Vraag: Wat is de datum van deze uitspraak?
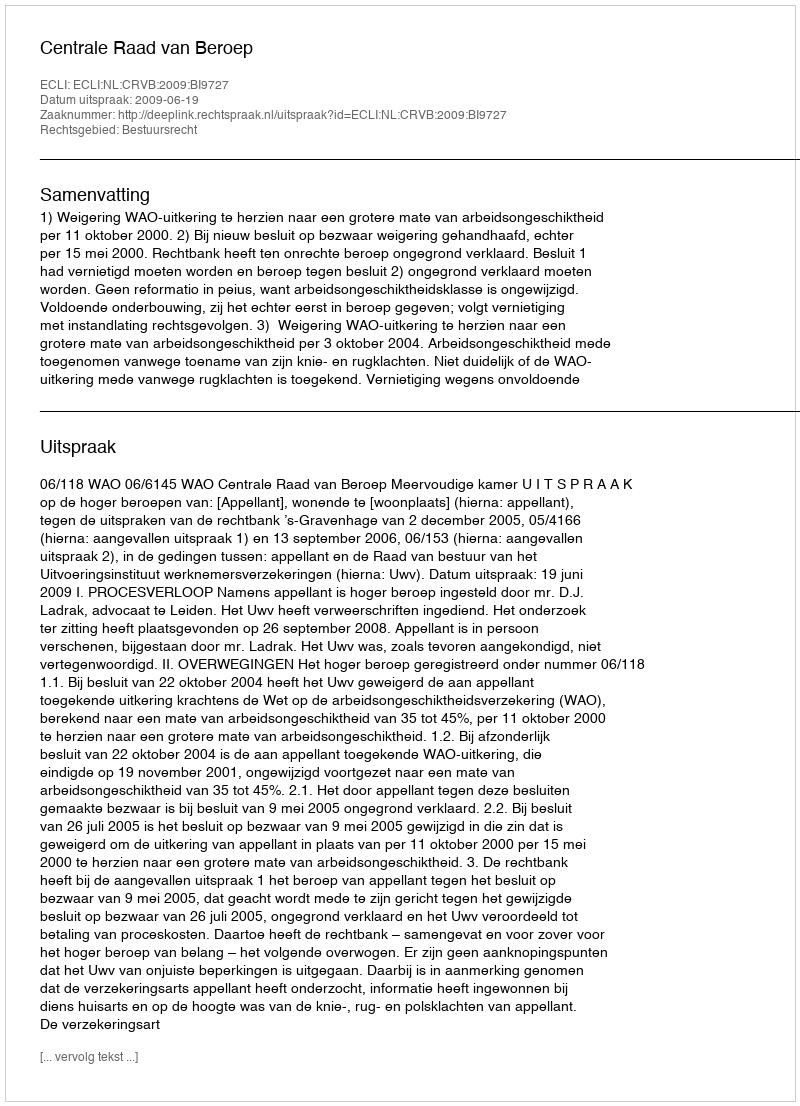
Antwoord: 2009-06-19